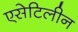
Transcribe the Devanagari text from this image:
एसेटिलीन